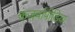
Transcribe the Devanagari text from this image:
कंजर्वापीडिया